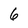
Character: 6